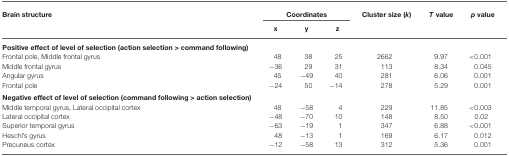
<table><thead><tr><td><b>Brain structure</b></td><td colspan="3"><b>Coordinates</b></td><td><b>Cluster size (<i>k</i>)</b></td><td><b><i>T</i> value</b></td><td><b><i>p</i> value</b></td></tr><tr><td></td><td><b>x</b></td><td><b>y</b></td><td><b>z</b></td></tr></thead><tbody><tr><td><b>Positive effect of level of selection (<i>action selection &gt; command following</i>)</b></td></tr><tr><td>Frontal pole, Middle frontal gyrus</td><td>48</td><td>38</td><td>25</td><td>2662</td><td>9.97</td><td>&lt;0.001</td></tr><tr><td>Middle frontal gyrus</td><td>−36</td><td>29</td><td>31</td><td>113</td><td>8.34</td><td>0.045</td></tr><tr><td>Angular gyrus</td><td>45</td><td>−49</td><td>40</td><td>281</td><td>6.06</td><td>0.001</td></tr><tr><td>Frontal pole</td><td>−24</td><td>50</td><td>−14</td><td>278</td><td>5.29</td><td>0.001</td></tr><tr><td><b>Negative effect of level of selection (<i>command following &gt; action selection</i>)</b></td></tr><tr><td>Middle temporal gyrus, Lateral occipital cortex</td><td>48</td><td>−58</td><td>4</td><td>229</td><td>11.85</td><td>&lt;0.003</td></tr><tr><td>Lateral occipital cortex</td><td>−48</td><td>−70</td><td>10</td><td>148</td><td>8.50</td><td>0.02</td></tr><tr><td>Superior temporal gyrus</td><td>−63</td><td>−19</td><td>1</td><td>347</td><td>6.88</td><td>&lt;0.001</td></tr><tr><td>Heschl’s gyrus</td><td>48</td><td>−13</td><td>1</td><td>169</td><td>6.17</td><td>0.012</td></tr><tr><td>Precuneus cortex</td><td>−12</td><td>−58</td><td>13</td><td>312</td><td>5.36</td><td>0.001</td></tr></tbody></table>